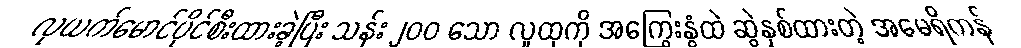
လုယက်မောင်ပိုင်စီးထားခဲ့ပြီး သန်း ၂၀၀ သော လူထုကို အကြွေးနွံထဲ ဆွဲနှစ်ထားတဲ့ အမေရိကန်